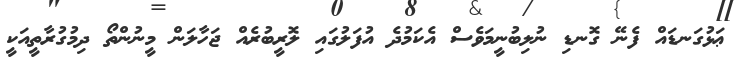
ޢަޅުގަނޑައް ފެނޭ ގޮނޑި ނުލިބުނީމަވެސް އެކަމުދެ އުފަލުގައި ލޮރީބުރެއް ޖަހާލަން މީނުންތޯ ދިމުގުރާތީއަކީ